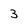
Character: 3